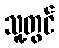
သူ့တွင်